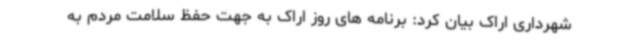
شهرداری اراک بیان کرد: برنامه های روز اراک به جهت حفظ سلامت مردم به